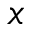
x